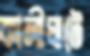
কালীঘাটে